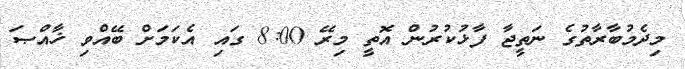
މިދެމުބާރާތުގެ ނަތީޖާ ފާޅުކުރުން އޮތީ މިރޭ 8:00 ގައި އެކަމަށް ބޭއްވި ޚާއްޞަ